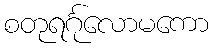
စတုရင်္ဂုလောမကော